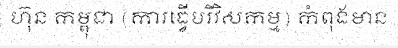
ហ៊ុន កម្ពុជា (ការធ្វើបរិវិសកម្ម) កំពុងមាន